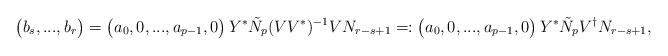
\begin{align*}\begin{pmatrix}b_s, ..., b_r\end{pmatrix}&=\begin{pmatrix}a_0, 0, ..., a_{p-1},0\end{pmatrix}Y^*\tilde{N}_p(VV^*)^{-1}VN_{r-s+1}=:\begin{pmatrix}a_0, 0, ..., a_{p-1},0\end{pmatrix}Y^*\tilde{N}_pV^{\dagger}N_{r-s+1},\end{align*}